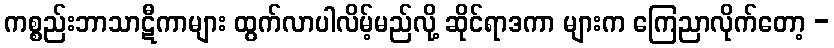
ကစ္စည်းဘာသာဋီကာများ ထွက်လာပါလိမ့်မည်လို့ ဆိုင်ရာဒကာ များက ကြေညာလိုက်တော့ -